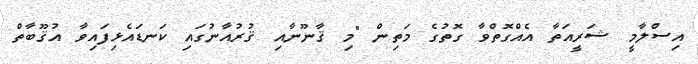
އިސްލާމީ ޝަރީއަތާ އެއްގޮތްވާ ގޮތުގެ މަތިން "މި ޤާނޫނާއި ޤުރުއާނުގައި ކަނޑައެޅިފައިވާ އުޤޫބާތް